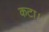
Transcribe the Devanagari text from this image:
कटा।